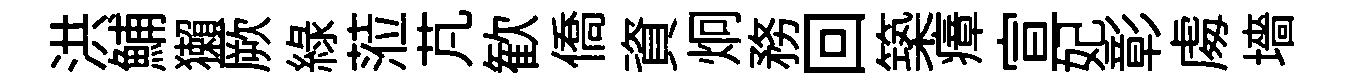
洪鯆獺厥綠蒞芃歓僑資炯務回築瘴宣妃彰䖏墻